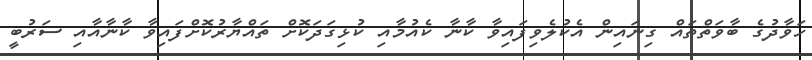
ހަވާދުގެ ބާވަތްތައް ގިނައިން އެކުލެވިފައިވާ ކާނާ ކެއުމާއި ކުޅިގަދަކޮށް ތައްޔާރުކޮށްފައިވާ ކާނާއާއި ސަރުބީ